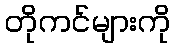
တိုကင်များကို